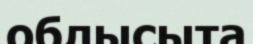
облысыта